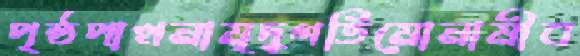
পৃষ্ঠপাখনামৃদুগতিমোনামীব